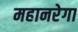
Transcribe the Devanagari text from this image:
महानरेगा